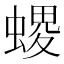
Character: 𧏧